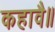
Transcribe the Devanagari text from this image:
कहावै॥